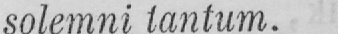
solemni tantum.